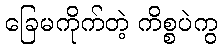
ခြေမကိုက်တဲ့ ကိစ္စပဲကွ